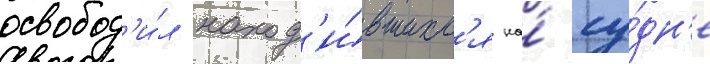
освобод'и́л наход'и́вшихс'я на́ су́дн'е